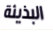
البذيئة